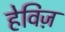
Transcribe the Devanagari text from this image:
हेविज़